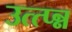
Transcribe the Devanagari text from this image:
उत्त्प्न्न